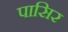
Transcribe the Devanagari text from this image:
पासिर